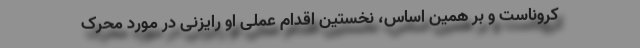
کروناست و بر همین اساس، نخستین اقدام عملی او رایزنی در مورد محرک